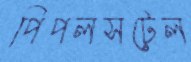
পিপলসটেল